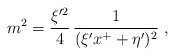
\begin{align*}m^2={\xi^{\prime 2}\over 4}\,{1\over (\xi^{\prime}x^{+}+\eta^{\prime})^2} \ ,\end{align*}